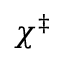
\chi ^ { \ddag }